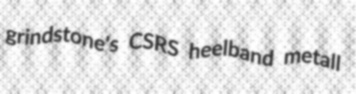
grindstone's CSRS heelband metall